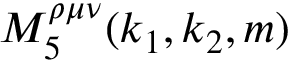
M _ { 5 } ^ { \rho \mu \nu } ( k _ { 1 } , k _ { 2 } , m )